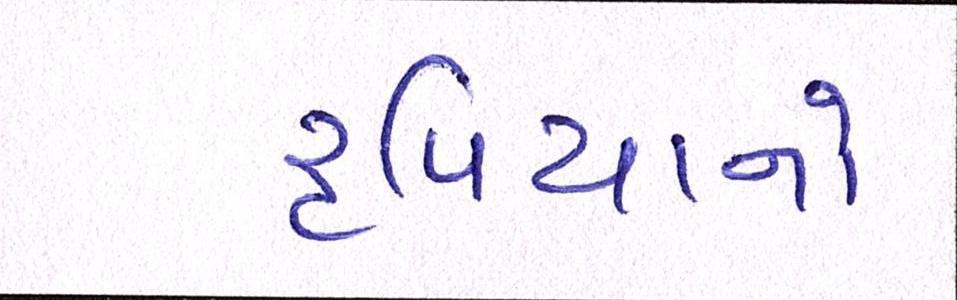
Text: રૃપિયાનો